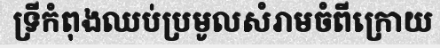
ទ្រីកំពុងឈប់ប្រមូលសំរាមចំពីក្រោយ